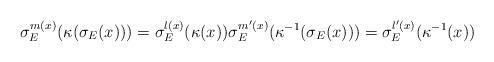
LaTeX: \begin{align*}\sigma_E^{m(x)} ( \kappa( \sigma_E(x) ) ) = \sigma_E^{l(x)} ( \kappa(x) ) \sigma_E^{m'(x)} ( \kappa^{-1}( \sigma_E(x) ) ) = \sigma_E^{l'(x)} ( \kappa^{-1}(x) )\end{align*}